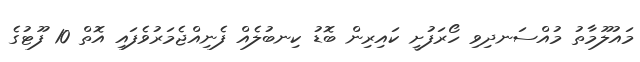
މައުލޫމާތު މުއްސަނދިވި ހޯރަފުށީ ކައިރިން ބޮޑު ކިނބުލެއް ފެނިއްޖެމަރުވެފައި އޮތް 10 ފޫޓުގެ